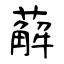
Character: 薢